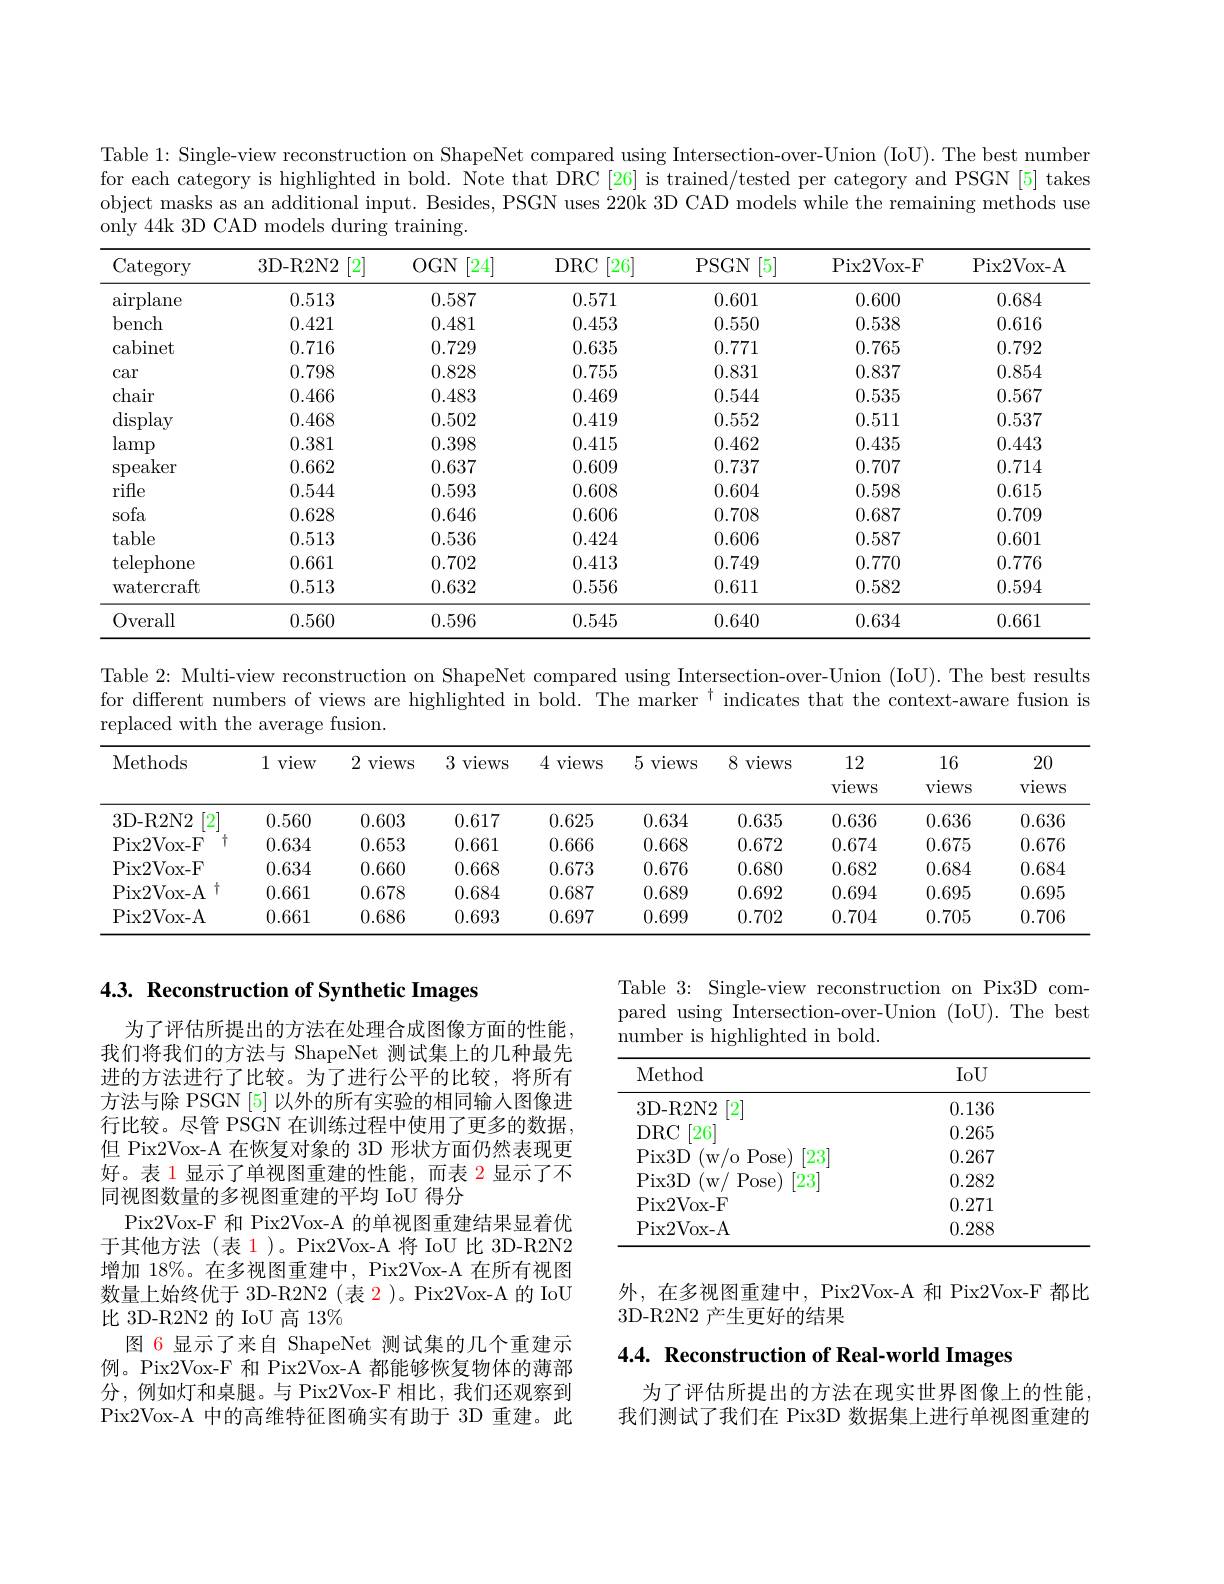
Table 1: Single-view reconstruction on ShapeNet compared using Intersection-over-Union (IoU). The best number for each category is highlighted in bold. Note that DRC [26] is trained/tested per category and PSGN [5] takes object masks as an additional input. Besides, PSGN uses 220k 3D CAD models while the remaining methods use only 44k 3D CAD models during training.

<table>
	<tbody>
		<tr>
			<th>Category</th>
			<th>3D-R2N2 [2]</th>
			<th>$OGN$ [24]</th>
			<th>$DRC$ [26]</th>
			<th>PSGN [5]</th>
			<th>Pix2Vox- F</th>
			<th>Pix2Vox- A</th>
		</tr>
		<tr>
			<td>airplane</td>
			<td>0.513</td>
			<td>0.587</td>
			<td>0.571</td>
			<td>0.601</td>
			<td>0.600</td>
			<td>0.684</td>
		</tr>
		<tr>
			<td>bench</td>
			<td>0.421</td>
			<td>0.481</td>
			<td>0.453</td>
			<td>0.550</td>
			<td>0.538</td>
			<td>0.616</td>
		</tr>
		<tr>
			<td>cabinet</td>
			<td>0.716</td>
			<td>0.729</td>
			<td>0.635</td>
			<td>0.771</td>
			<td>0.765</td>
			<td>0.792</td>
		</tr>
		<tr>
			<td>car</td>
			<td>0.798</td>
			<td>0.828</td>
			<td>0.755</td>
			<td>0.831</td>
			<td>0.837</td>
			<td>0.854</td>
		</tr>
		<tr>
			<td>chair</td>
			<td>0.466</td>
			<td>0.483</td>
			<td>0.469</td>
			<td>0.544</td>
			<td>0.535</td>
			<td>0.567</td>
		</tr>
		<tr>
			<td>display</td>
			<td>0.468</td>
			<td>0.502</td>
			<td>0.419</td>
			<td>0.552</td>
			<td>0.511</td>
			<td>0.537</td>
		</tr>
		<tr>
			<td>$\operatorname{lamp}$</td>
			<td>0.381</td>
			<td>0.398</td>
			<td>0.415</td>
			<td>0.462</td>
			<td>0.435</td>
			<td>0.443</td>
		</tr>
		<tr>
			<td>$\operatorname{speaker}$</td>
			<td>0.662</td>
			<td>0.637</td>
			<td>0.609</td>
			<td>0.737</td>
			<td>0.707</td>
			<td>0.714</td>
		</tr>
		<tr>
			<td>rifle</td>
			<td>0.544</td>
			<td>0.593</td>
			<td>0.608</td>
			<td>0.604</td>
			<td>0.598</td>
			<td>0.615</td>
		</tr>
		<tr>
			<td>sofa</td>
			<td>0.628</td>
			<td>0.646</td>
			<td>0.606</td>
			<td>0.708</td>
			<td>0.687</td>
			<td>0.709</td>
		</tr>
		<tr>
			<td>table</td>
			<td>0.513</td>
			<td>0.536</td>
			<td>0.424</td>
			<td>0.606</td>
			<td>0.587</td>
			<td>0.601</td>
		</tr>
		<tr>
			<td>telephone</td>
			<td>0.661</td>
			<td>0.702</td>
			<td>0.413</td>
			<td>0.749</td>
			<td>0.770</td>
			<td>0.776</td>
		</tr>
		<tr>
			<td>watercraft</td>
			<td>0.513</td>
			<td>0.632</td>
			<td>0.556</td>
			<td>0.611</td>
			<td>0.582</td>
			<td>0.594</td>
		</tr>
		<tr>
			<td>Overall</td>
			<td>0.560</td>
			<td>0.596</td>
			<td>0.545</td>
			<td>0.640</td>
			<td>0.634</td>
			<td>0.661</td>
		</tr>
	</tbody>
</table>

Table 2: Multi-view reconstruction on ShapeNet compared using Intersection-over-Union (IoU). The best results

for different numbers of views are highlighted in bold. The marker $^{\dagger}$ indicates that the context-aware fusion is

replaced with the average fusion.

<table>
	<tbody>
		<tr>
			<th>Methods</th>
			<th>1 view</th>
			<th>2 views</th>
			<th>3 views</th>
			<th>4 views</th>
			<th>5 views</th>
			<th>8 views</th>
			<th>12 views</th>
			<th>16 views</th>
			<th>20 views</th>
		</tr>
		<tr>
			<td>3D-R2N2 $[2^{-}$</td>
			<td>0.560</td>
			<td>0.603</td>
			<td>0.617</td>
			<td>0.625</td>
			<td>0.634</td>
			<td>0.635</td>
			<td>0.636</td>
			<td>0.636</td>
			<td>0.636</td>
		</tr>
		<tr>
			<td>十 Pix2Vox- F</td>
			<td>0.634</td>
			<td>0.653</td>
			<td>0.661</td>
			<td>0.666</td>
			<td>0.668</td>
			<td>0.672</td>
			<td>0.674</td>
			<td>0.675</td>
			<td>0.676</td>
		</tr>
		<tr>
			<td>Pix2Vox- F</td>
			<td>0.634</td>
			<td>0.660</td>
			<td>0.668</td>
			<td>0.673</td>
			<td>0.676</td>
			<td>0.680</td>
			<td>0.682</td>
			<td>0.684</td>
			<td>0.684</td>
		</tr>
		<tr>
			<td>Pix2Vox- A 十</td>
			<td>0.661</td>
			<td>0.678</td>
			<td>0.684</td>
			<td>0.687</td>
			<td>0.689</td>
			<td>0.692</td>
			<td>0.694</td>
			<td>0.695</td>
			<td>0.695</td>
		</tr>
		<tr>
			<td>Pix2Vox- A</td>
			<td>0.661</td>
			<td>0.686</td>
			<td>0.693</td>
			<td>0.697</td>
			<td>0.699</td>
			<td>0.702</td>
			<td>0.704</td>
			<td>0.705</td>
			<td>0.706</td>
		</tr>
	</tbody>
</table>

# 4.3. Reconstruction of Synthetic Images

Table 3: Single-view reconstruction on Pix3D compared using Intersection-over-Union (IoU).The best number is highlighted in bold.

<table>
	<tbody>
		<tr>
			<th>Method</th>
			<th>IoU</th>
		</tr>
		<tr>
			<td>3D-R2N2 $\left\lceil2\right\rceil$</td>
			<td>0.136</td>
		</tr>
		<tr>
			<td>$DRC$ $\lceil26\rceil$</td>
			<td>0.265</td>
		</tr>
		<tr>
			<td>Pix3D (w/o Pose) [23]</td>
			<td>0.267</td>
		</tr>
		<tr>
			<td>Pix3D (w/ Pose [23]</td>
			<td>0.282</td>
		</tr>
		<tr>
			<td>Pix2Vox- F</td>
			<td>0.271</td>
		</tr>
		<tr>
			<td>Pix2Vox- A</td>
			<td>0.288</td>
		</tr>
	</tbody>
</table>

为了评估所提出的方法在处理合成图像方面的性能， 我们将我们的方法与 ShapeNet 测试集上的几种最先进的方法进行了比较。为了进行公平的比较，将所有方法与除 PSGN [5] 以外的所有实验的相同输人图像进行比较。尽管 PSGN 在训练过程中使用了更多的数据， 但 Pix2Vox-A 在恢复对象的 3D 形状方面仍然表现更好。表 1 显示了单视图重建的性能，而表 2 显示了不同视图数量的多视图重建的平均 IoU 得分
Pix2Vox-F 和 Pix2Vox-A 的单视图重建结果显着优于其他方法(表 1)。Pix2Vox-A 将 IoU 比 3D-R2N2增加 18%。在多视图重建中，Pix2Vox-A 在所有视图数量上始终优于 3D-R2N2(表 2)。Pix2Vox-A 的 IoU 比 3D-R2N2 的 IoU 高 13%
图 6 显示了来自 ShapeNet 测试集的几个重建示例。Pix2Vox-F 和 Pix2Vox-A 都能够恢复物体的薄部分，例如灯和桌腿。与 Pix2Vox-F 相比，我们还观察到Pix2Vox-A 中的高维特征图确实有助于 3D 重建。此

外，在多视图重建中，Pix2Vox-A 和 Pix2Vox-F 都比
3D-R2N2 产生更好的结果

4.4. Reconstruction of Real-world Images

为了评估所提出的方法在现实世界图像上的性能， 我们测试了我们在 Pix3D 数据集上进行单视图重建的